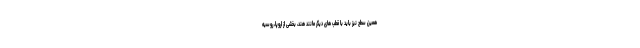
همین سطح نیز باید با قطب های دیگر مانند هند، بخشی از اروپا، روسیه